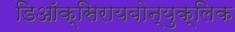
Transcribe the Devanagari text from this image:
डिऑक्सिरायबोन्युक्लिक